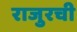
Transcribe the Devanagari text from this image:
राजुरची